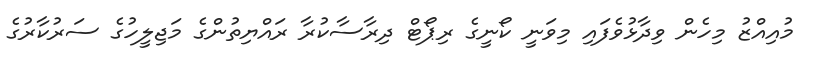
މުއިއްޒު މިހެން ވިދާޅުވެފައި މިވަނީ ކޯނީގެ ރިޕޯޓް ދިރާސާކުރާ ރައްޔިތުންގެ މަޖިލީހުގެ ސަރުކާރުގެ